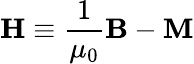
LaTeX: \mathbf{H}\equiv{\frac{1}{\mu_{0}}}\mathbf{B}-\mathbf{M}